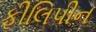
ફીલિપીન